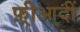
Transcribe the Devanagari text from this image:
फ़्रीआदीं